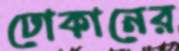
ঢোকানের